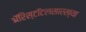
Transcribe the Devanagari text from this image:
ॲरिस्टॉटलसारख्या